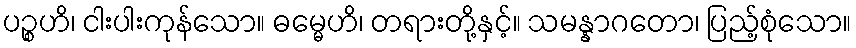
ပဉ္စဟိ၊ ငါးပါးကုန်သော။ ဓမ္မေဟိ၊ တရားတို့နှင့်။ သမန္နာဂတော၊ ပြည့်စုံသော။